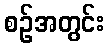
စဉ်အတွင်း